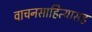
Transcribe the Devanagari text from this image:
वाचनसाहित्यासह